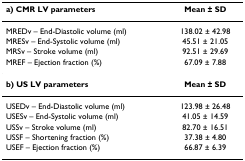
<table><thead><tr><td><b>a) CMR LV parameters</b></td><td><b>Mean ± SD</b></td></tr></thead><tbody><tr><td>MREDv – End-Diastolic volume (ml)</td><td>138.02 ± 42.98</td></tr><tr><td>MRESv – End-Systolic volume (ml)</td><td>45.51 ± 21.05</td></tr><tr><td>MRSv – Stroke volume (ml)</td><td>92.51 ± 29.69</td></tr><tr><td>MREF – Ejection fraction (%)</td><td>67.09 ± 7.88</td></tr><tr><td><b>b) US LV parameters</b></td><td><b>Mean ± SD</b></td></tr><tr><td>USEDv – End-Diastolic volume (ml)</td><td>123.98 ± 26.48</td></tr><tr><td>USESv – End-Systolic volume (ml)</td><td>41.05 ± 14.59</td></tr><tr><td>USSv – Stroke volume (ml)</td><td>82.70 ± 16.51</td></tr><tr><td>USSF – Shortening fraction (%)</td><td>37.38 ± 4.80</td></tr><tr><td>USEF – Ejection fraction (%)</td><td>66.87 ± 6.39</td></tr></tbody></table>